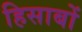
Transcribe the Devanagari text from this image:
हिसाबों